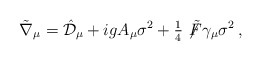
\begin{align*}\tilde{\nabla}_{\mu}= \hat{\mathcal{D}}_{\mu} +ig A_{\mu}\sigma^{2}+{\textstyle\frac{1}{4}}\not\!\tilde{F}\gamma_{\mu}\sigma^{2}\, ,\end{align*}